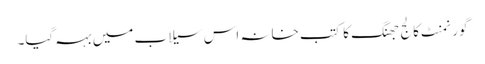
گورنمنٹ کالج جھنگ کا کتب خانہ اس سیلاب میں بہہ گیا۔